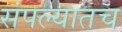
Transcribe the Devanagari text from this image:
संपल्यातच